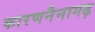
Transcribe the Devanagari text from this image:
कारणनैनागढ़